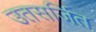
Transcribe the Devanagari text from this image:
उतसर्जित